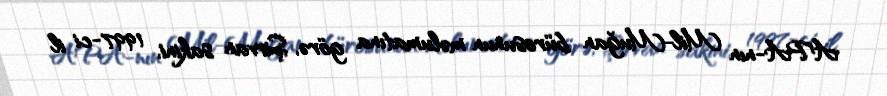
APA-nın Mil-Muğan bürosunun məlumatına görə, Şirvan sakini, 1997-ci il